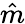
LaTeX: \hat{m}